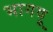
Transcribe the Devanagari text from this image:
भागवू